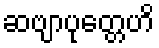
ဆဗျာပုတ္တေဟိ